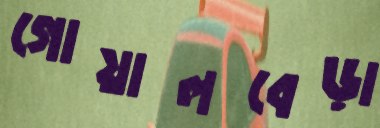
গোয়ালবেড়া